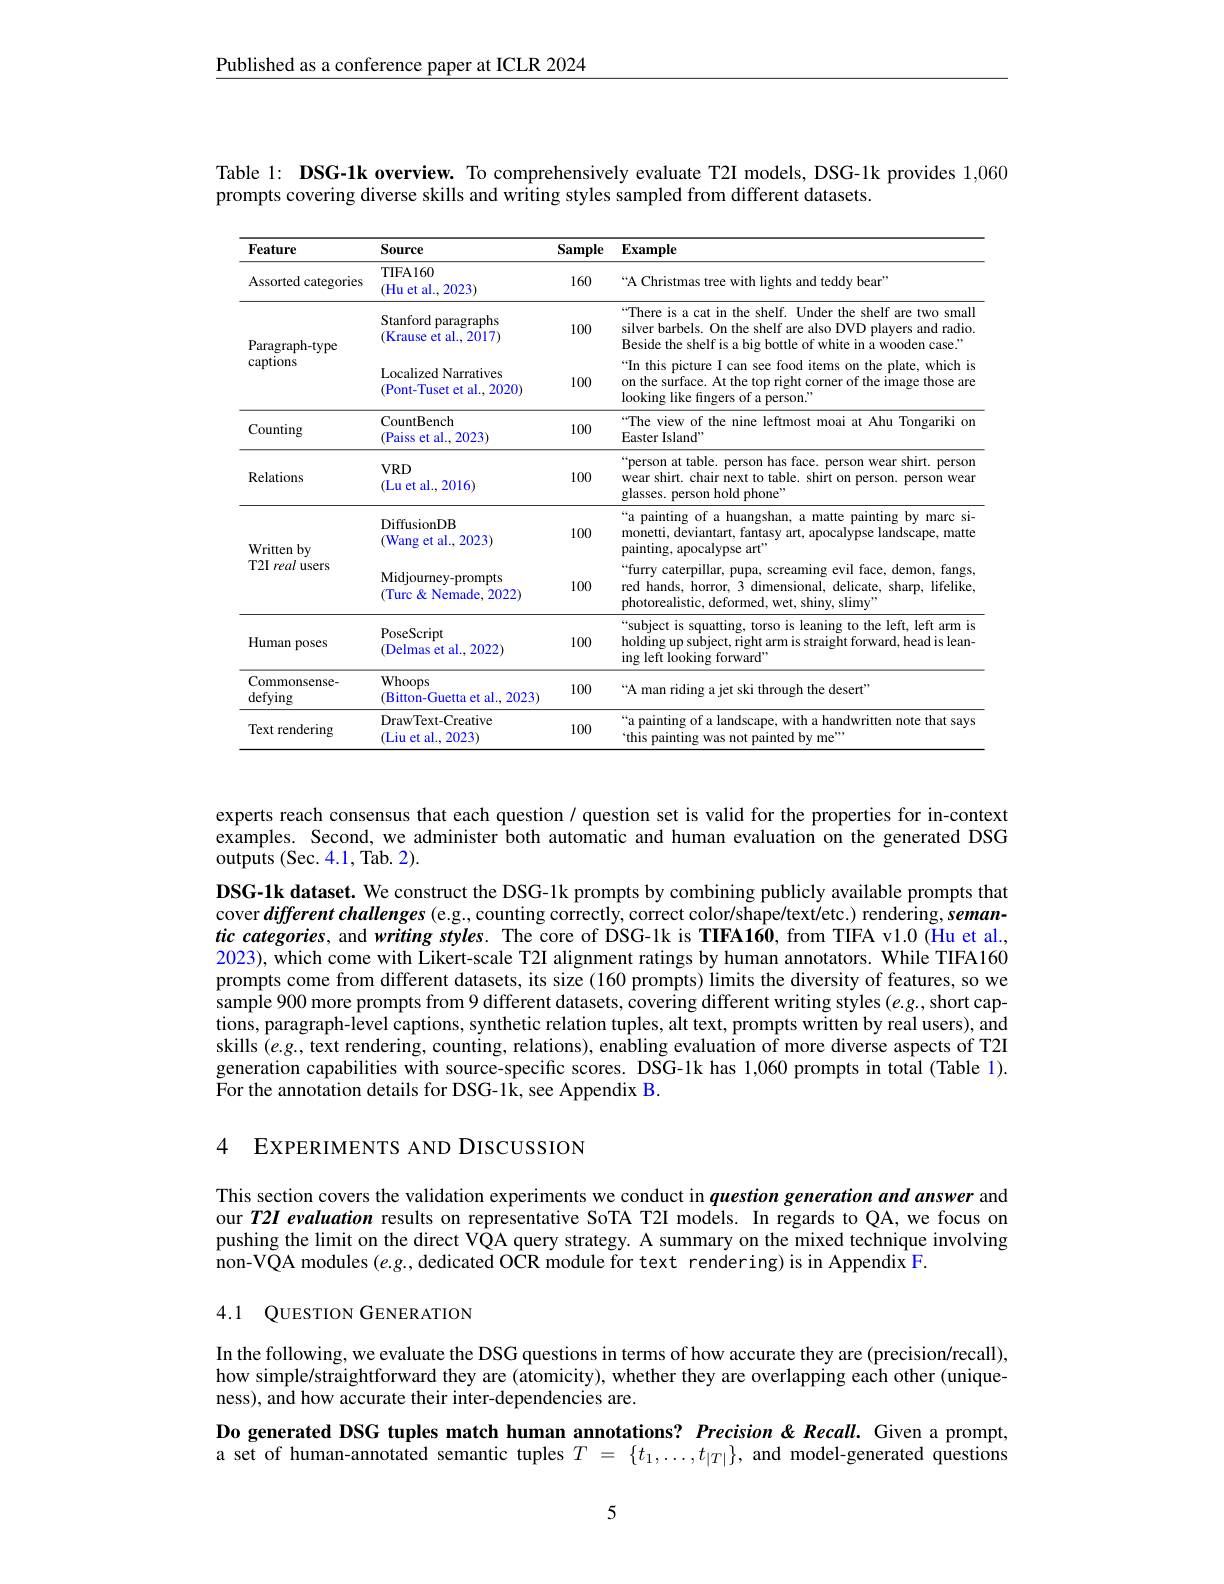
Published as a conference paper at ICLR 2024

Table 1: DSG-1k overview. To comprehensively evaluate T2I models, DSG-1k provides 1,060
prompts covering diverse skills and writing styles sampled from different datasets.

<table>
	<tbody>
		<tr>
			<th>Feature</th>
			<th>Source</th>
			<th>Sample</th>
			<th>$\mathbf{Example}$</th>
		</tr>
		<tr>
			<td>Assorted categories</td>
			<td>TIFA160 (Hu et al.,2023)</td>
			<td>160</td>
			<td>“A Christmas tree with lights and teddy bear"</td>
		</tr>
		<tr>
			<td rowspan="2">Paragraph- type captions</td>
			<td>Stanford paragraphs (Krause et al., 2017]</td>
			<td>100</td>
			<td>“There is a cat in the shelf. Under the shelf are two smal silver barbels. On the shelf are also DVD players and radio Beside the shelf is a big bottle of white in a wooden case."</td>
		</tr>
		<tr>
			<td>Localized Narratives (Pont-Tuset et al., 2020</td>
			<td>100</td>
			<td>“In this picture I can see food items on the plate, which is on the surface. At the top right corner of the image those are looking like fingers of a person."</td>
		</tr>
		<tr>
			<td>Counting</td>
			<td>CountBench (Paiss et al., 2023)</td>
			<td>100</td>
			<td>“The view of the nine leftmost moai at Ahu Tongariki or Easter Island"</td>
		</tr>
		<tr>
			<td>Relations</td>
			<td>$VRD$ (Lu et al.,2016)</td>
			<td>100</td>
			<td>person at table. person has face. person wear shirt. person wear shirt. chair next to table. shirt on person. person weat glasses. person hold phone</td>
		</tr>
		<tr>
			<td rowspan="2">Written by T2I real users</td>
			<td>DiffusionDB (Wang et al., 2023)</td>
			<td>100</td>
			<td>“a painting of a huangshan, a matte painting by marc si- monetti, deviantart, fantasy art, apocalypse landscape, matte painting, apocalypse art"</td>
		</tr>
		<tr>
			<td>Midjourney-prompts (Turc & Nemade, 2022)</td>
			<td>100</td>
			<td>“furry caterpillar, pupa, screaming evil face, demon, fangs, red hands, horror, 3 dimensional, delicate, sharp, lifelike photorealistic, deformed, wet, shiny, slimy"</td>
		</tr>
		<tr>
			<td>Human poses</td>
			<td>PoseScript (Delmas et al., 2022)</td>
			<td>100</td>
			<td>$“$subject is squatting, torso is leaning to the left arm is holding up subject, right arm is straight forward, head is lean- ing left looking forward"</td>
		</tr>
		<tr>
			<td>Commonsense- defying</td>
			<td>Whoops (Bitton-Guetta et al., 2023]</td>
			<td>100</td>
			<td>“A man riding a jet ski through the desert'</td>
		</tr>
		<tr>
			<td>Text rendering</td>
			<td>DrawText-Creative (Liu et al., 2023</td>
			<td>100</td>
			<td>'a painting of a landscape, with a handwritten note that says `this painting was not painted by me""</td>
		</tr>
	</tbody>
</table>

experts reach consensus that each question / question set is valid for the properties for in-context examples. Second, we administer both automatic and human evaluation on the generated DSG $\bar{\text{outputs }(\mathrm{Sec.~4.1,~Tab.~2).}}$

DSG-1k dataset. We construct the DSG-1k prompts by combining publicly available prompts that cover different challenges (e.g., counting correctly, correct color/shape/text/etc.) rendering, semantic categories, and writing styles. The core of DSG-1k is TIFA160, from TIFA v1.0 (Hu et al., 2023), which come with Likert-scale T2I alignment ratings by human annotators. While TIFA160 prompts come from different datasets, its size (160 prompts) limits the diversity of features, so we sample 900 more prompts from 9 different datasets, covering different writing styles (e.g., short captions, paragraph-level captions, synthetic relation tuples, alt text, prompts written by real users), and skills $(e.g.$, text rendering, counting, relations), enabling evaluation of more diverse aspects of T2I generation capabilities with source-specific scores. DSG-1k has 1,060 prompts in total (Table 1). For the annotation details for DSG-1k, see Appendix B.

4 EXPERIMENTS AND DISCUSSION

This section covers the validation experiments we conduct in question generation and answer and our T2I evaluation results on representative SoTA T2I models. In regards to QA, we focus on pushing the limit on the direct VQA query strategy. A summary on the mixed technique involving $\hat{\text{non-VQA modules }(e.g.,\text{dedicated OCR module for text rendering)is in Appendix F.}}$

## 4.1 QUESTION GENERATION

In the following, we evaluate the DSG questions in terms of how accurate they are (precision/recall), how simple/straightforward they are (atomicity), whether they are overlapping each other (unique- winpler $(x)=0$ ness), and how accurate their inter-dependencies are.
Do generated DSG tuples match human annotations? Precision&Recall. Given a prompt, a set of human-annotated semantic tuples $T=\{t_1,\ldots,t_{|T|}\}$, and model-generated questions

5